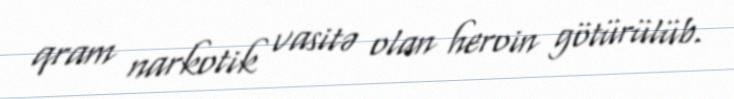
qram narkotik vasitə olan heroin götürülüb.